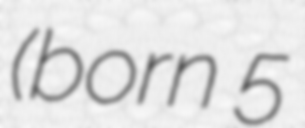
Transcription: (born 5